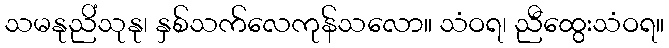
သမနုညိံသုနု၊ နှစ်သက်လေကုန်သလော။ သံဝရ၊ ညီထွေးသံဝရ။